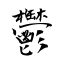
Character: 鬱